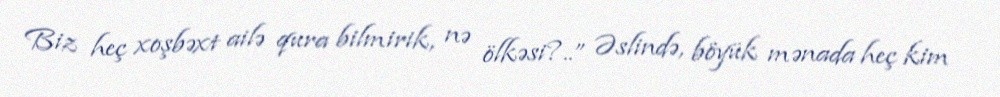
Biz heç xoşbəxt ailə qura bilmirik, nə ölkəsi?..” Əslində, böyük mənada heç kim